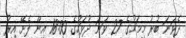
ދެވަނަ ބުރު މިމަހުގެ 27 ވަނަ ދުވަހުގެ 18:00 އިން ފެށޭ އިރު